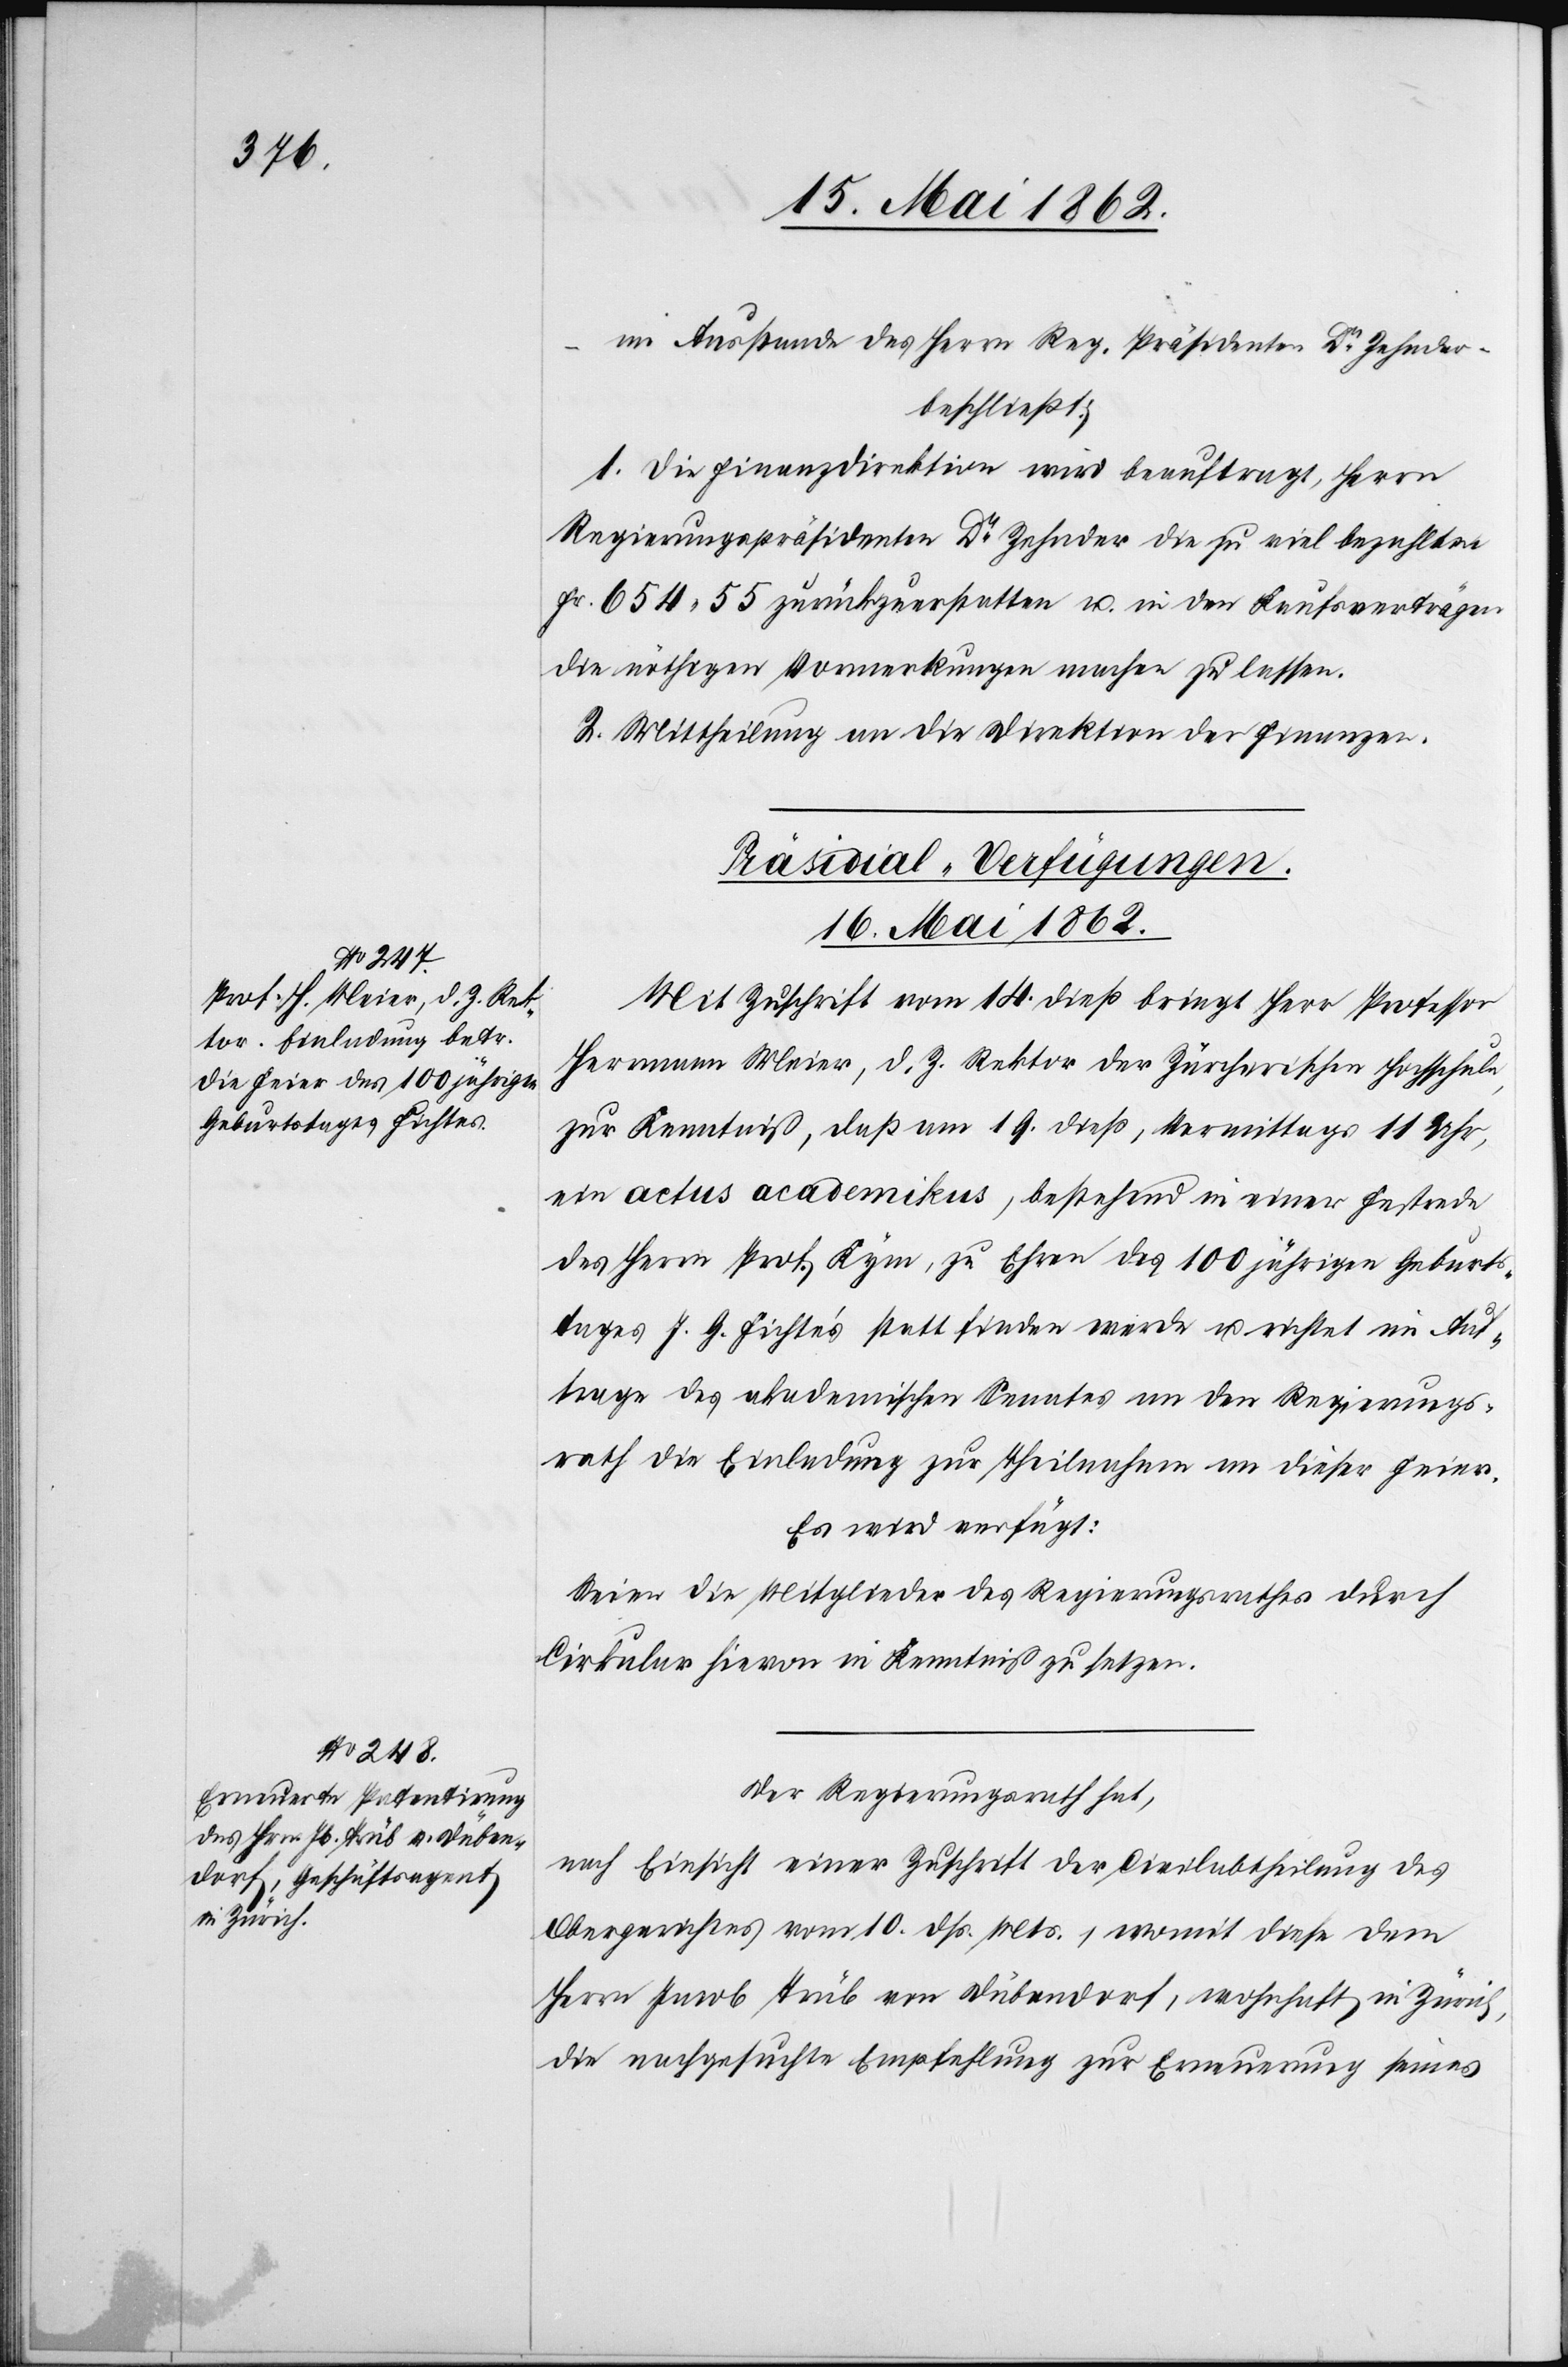
im Ausstande des Herrn Regierung. Präsidenten Dr. Zehnder
beschließt:
1. die Finanzdirektion wird beauftragt, Herrn
Regierungspräsidenten Dr. Zehnder die zu viel bezahlten
Fr. 654 zurückzuerstatten u. in den Kaufsverträgen
die nöthigen Vormerkungen machen zu lassen.
2. Mittheilung an die Direktion der Finanzen.
[Präsidial-Verfügungen.
16. Mai 1862.]
Mit Zuschrift vom 14. dieß bringt Herr Professor
Hermann Meier, d. Z. Rektor der Zürcherischen Hochschule,
zur Kenntniß, daß am 19. dieß, Vormittags 11 Uhr,
ein actus academikus, bestehend in einer Festrede
des Herrn Prof. Kym, zu Ehren des 100 jährigen Geburts¬
tages J. G. Fichte’s statt finden werde u. richtet im Auf¬
trage des akademischen Senates an den Regierungs¬
rath die Einladung zur Theilnahme an dieser Feier.
Es wird verfügt:
Seien die Mitglieder des Regierungsrathes durch
Cirkular hievon in Kenntniß zu setzen.
Der Regierungsrath hat,
nach Einsicht einer Zuschrift der Civilabtheilung des
Obergerichtes vom 10. dß. Mts., womit diese dem
Herrn Jacob Trüb von Dübendorf, wohnhaft in Zürich,
die nachgesuchte Empfehlung zur Erneuerung seines